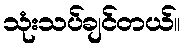
သုံးသပ်ချင်တယ်။